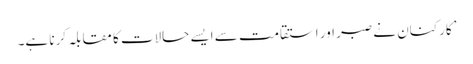
’کارکنان نے صبر اور استقامت سے ایسے حالات کا مقابلہ کرنا ہے۔